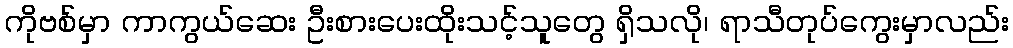
ကိုဗစ်မှာ ကာကွယ်ဆေး ဦးစားပေးထိုးသင့်သူတွေ ရှိသလို၊ ရာသီတုပ်ကွေးမှာလည်း